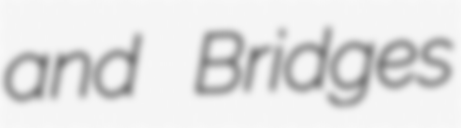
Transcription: and Bridges